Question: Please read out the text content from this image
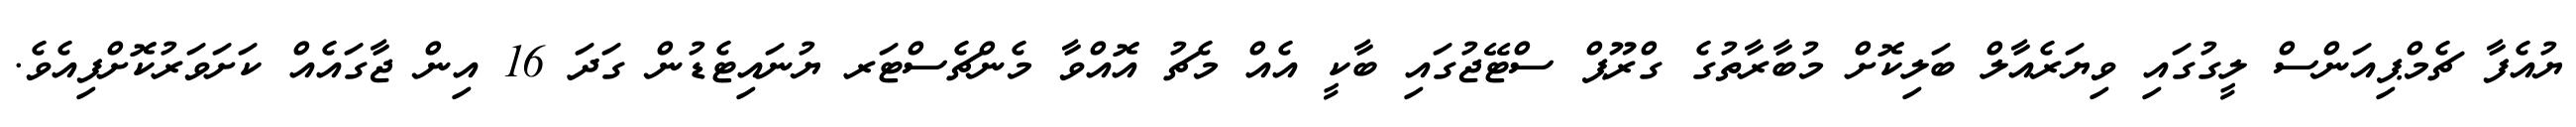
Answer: ޔުއެފާ ޗެމްޕިއަންސް ލީގުގައި ވިޔަރެއާލް ބަލިކޮށް މުބާރާތުގެ ގްރޫޕް ސްޓޭޖުގައި ބާކީ އެއް މެޗު އޮއްވާ މެންޗެސްޓަރ ޔުނައިޓެޑުން ގަދަ 16 އިން ޖާގައެއް ކަށަވަރުކޮށްފިއެވެ.